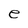
Character: e